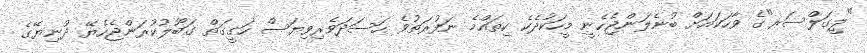
"ލީގަލްސަރ"ގެ ވާހަކައަށް ބުނެލަންޖެހެނީ މީހަކުދެކެ ކިތައްމެ ނަފުރަތުވެ ހަސަދަވެރިވިޔަސް ހަގީގަތް ގަބޫލުކުރަންޖެހެޔޭ ދުނިޔޭގެ